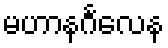
မဟာနင်္ဂလေန